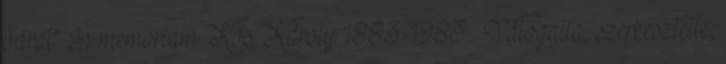
várat” In memoriam Kós Károly 1883-1983 . Válogatta, szerkesztette,